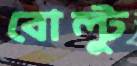
বোল্টু